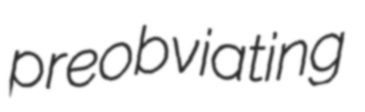
preobviating